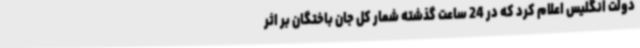
دولت انگلیس اعلام کرد که در 24 ساعت گذشته شمار کل جان باختگان بر اثر